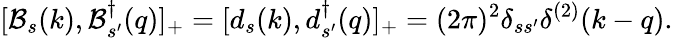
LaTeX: [\mathcal{B}_{s}(k),\mathcal{B}_{s^{\prime}}^{\dagger}(q)]_{+}=[d_{s}(k),d_{s^{\prime}}^{\dagger}(q)]_{+}=(2\pi)^{2}\delta_{ss^{\prime}}\delta^{(2)}(k-q).